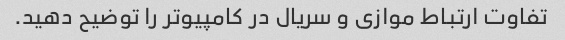
تفاوت ارتباط موازی و سریال در کامپیوتر را توضیح دهید.